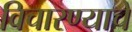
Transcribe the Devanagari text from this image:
विचारण्याचे